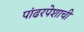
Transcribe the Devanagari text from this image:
पांढरपेशाची